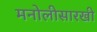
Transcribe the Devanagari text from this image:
मनोलीसारखी